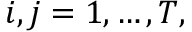
i , j = 1 , \dots , T ,